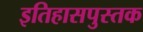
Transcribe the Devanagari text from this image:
इतिहासपुस्तक